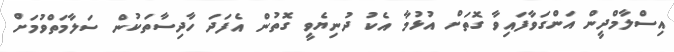
އިސްލާމްދީން އަންގަވާފައިވާ ގޮތަށް އުޅުމާ އެކު ދުނިޔެވީ ގޮތުން އެފަދަ ހާދިސާތަކުން ސަލާމަތްވުމަށް